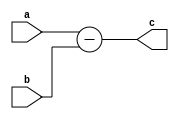
`timescale 1ns / 1ps
//////////////////////////////////////////////////////////////////////////////////
// Project: ECE506 - HW 1
// Module Name:Subtractor
//////////////////////////////////////////////////////////////////////////////////
module dp_sub(a,b,c);
parameter datawidth = 8;
input [datawidth-1:0] a,b;
output reg [datawidth-1:0] c;

always@(a or b) begin
	c <= a-b;
end


endmodule